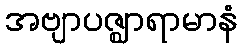
အဗျာပဇ္ဈာရာမာနံ